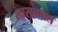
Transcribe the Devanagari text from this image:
शासनपाल